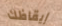
إيقاظك